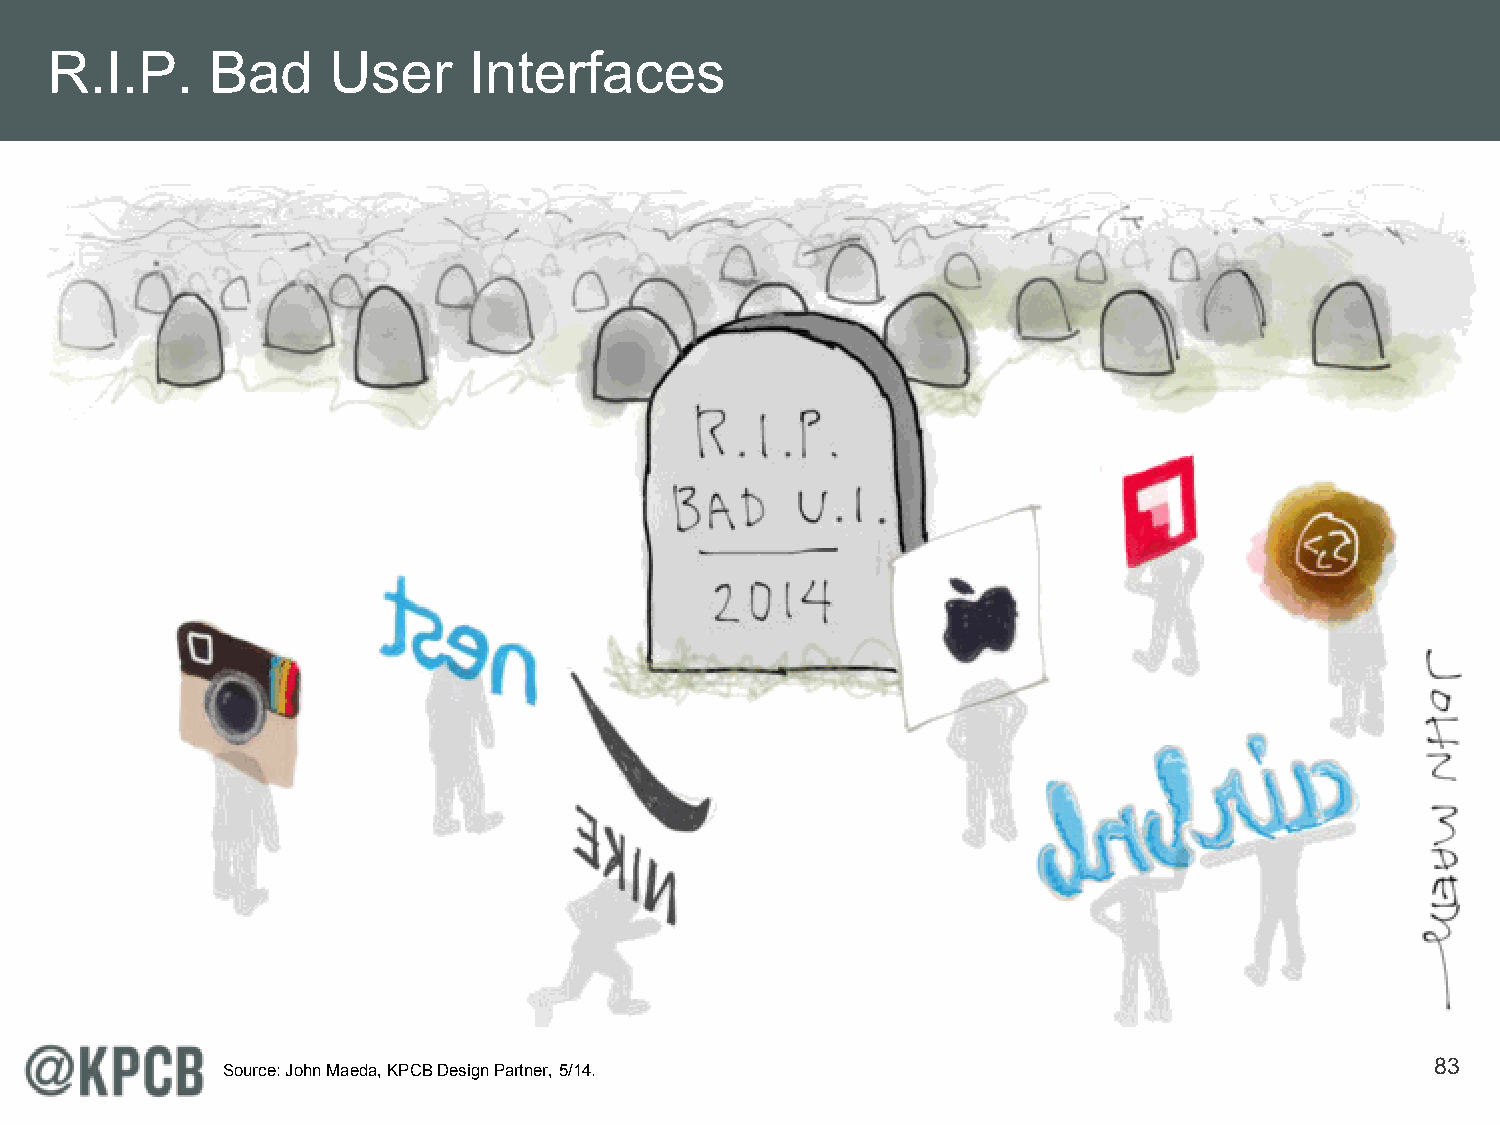
R.I.P.     Bad     User     Interfaces
 83
 Source: John Maeda, KPCB Design Partner, 5/14.